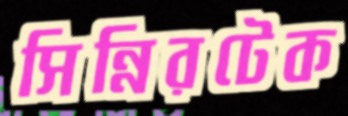
সিন্নিরটেক